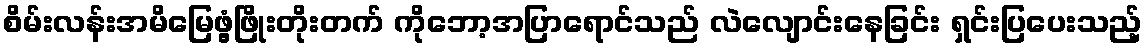
စိမ်းလန်းအမိမြေဖွံ့ဖြိုးတိုးတက် ကိုဘော့အပြာရောင်သည် လဲလျောင်းနေခြင်း ရှင်းပြပေးသည့်